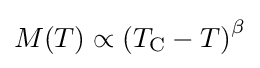
M(T)\propto \left(T_{\mathrm {C} }-T\right)^{\beta }